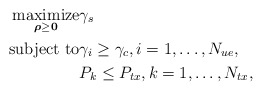
\begin{align*} \underset{\boldsymbol{\rho}\geq \textbf{0}}{\textrm{maximize}} &\gamma_s \\ \textrm{subject to} &\gamma_i \geq \gamma_c, i=1, \ldots, N_{ue},\\ & P_k \leq P_{tx},k=1,\ldots ,N_{tx}, \end{align*}